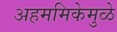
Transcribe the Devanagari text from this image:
अहममिकेमुळे